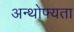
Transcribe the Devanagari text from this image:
अन्थोफ्यता